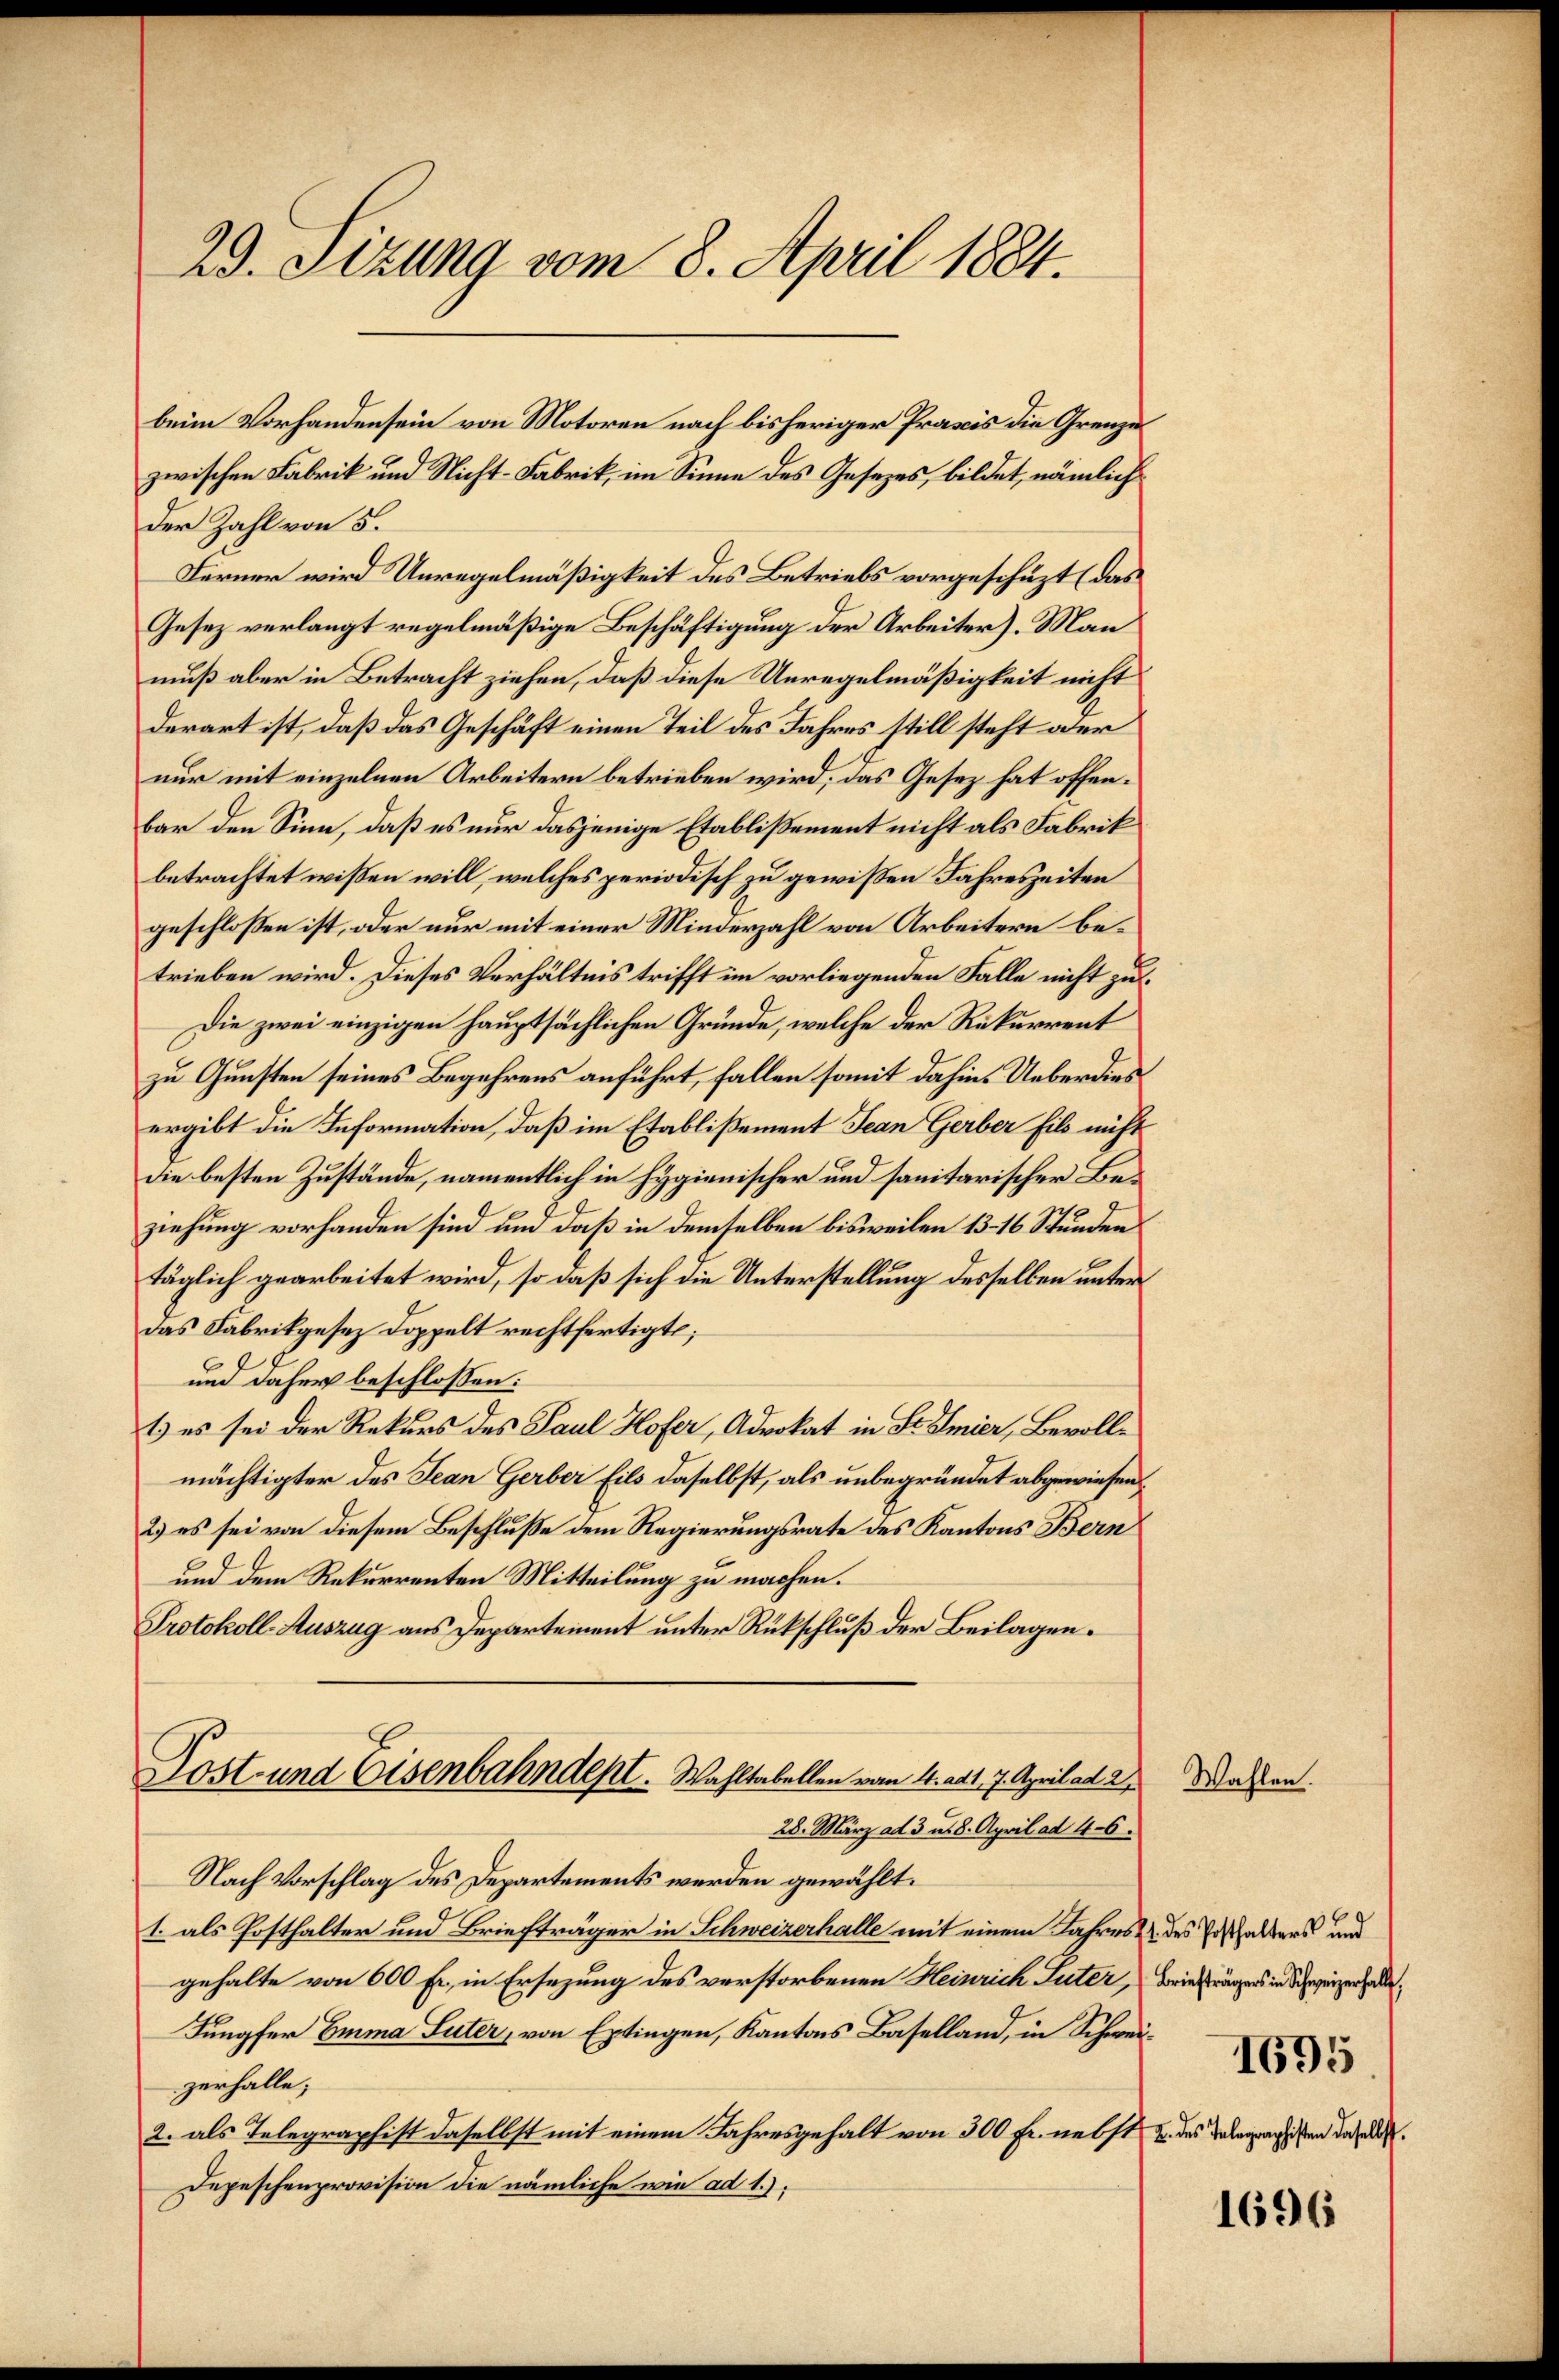
23. Sitzung vom 8. April 1884.

zwischen Fabrik und Nicht-Fabrik, im Sinne des Gesetzes, bildet, nämlich
Der Zahl von 5.
Ferner wird Unregelmäßigkeit des Betriebs vorgeschüzt (das
Gesetz verlangt regelmäßige Beschäftigung der Arbeiter). Man
muß aber in Betracht ziehen, daß diese Unregelmäßigkeit nicht
derart ist, daß das Geschäft einen Teil des Jahres still steht oder
nur mit einzelnen Arbeitern betrieben wird, das Gesez hat offenbar den Sinn, daß es nur dasjenige Etablißement nicht als Fabrik
betrachtet wissen will, welches periodisch zu gewißen Jahreszeiten
geschlossen ist, oder nur mit einer Minderzahl von Arbeitern betrieben wird. Dieses Verhältnis trifft im vorliegenden Falle nicht zu¬
Die zwei einzigen hauptsächlichen Gründe, welche der Rekurrent
zu Gunsten seines Begehrens anführt, fallen somit dahin. Ueberdies
ergibt die Information, daß im Etablißement Jean Gerber fils nicht
die besten Zustände, namentlich in Hygienischer und sanitarischer Beziehung vorhanden sind und daß in demselben bisweilen 13. 16 Stunden
täglich gearbeitet wird, so daß sich die Unterstellung desselben unter
Das Fabrikgesez Doppelt rechtfertigt;
und daher beschlossen:
1) es sei der Rekurs des Paul Hofer, Advokat in Sr Smier, Bevollmächtigter des Jean Gerber Eils daselbst, als unbegründet abgewiesen
2) es sei von diesem Beschluße dem Regierungsrate des Kantons Bern
und dem Rekurrenten Mitteilung zu machen.
Protokoll-Auszug aus Departement unter Rückschluß der Beilagen.
Dost- und Eisenbahndept. Wahltabellen vom 4. ad 1. 7. April ad 2. Wassen.
28. März ad 3 u. 8. April ad 46.
Nach Vorschlag des Departements werden gewählt.
1. als Posthalter und Briefträger in Schweizerhalle mit einem Jahres & des halters und
gehalte von 600 Fr., in Ersezung des verstorbenen Heinrich Luter, Briefträgers in Schweizerhalte,
Jungfer Emma Suter, von Extingen, Kantons Baselland, in Schweizerhalle;
2. als Telegraphist daselbst mit einem Jahresgehalt von 300 Fr. nebst u. des Telegraphisten dasel.
Depeschenprovision die nämliche wie ad 1.)

beim Vorhandensein von Motoren nach bisheriger Praxis die Grenze

1695

1696